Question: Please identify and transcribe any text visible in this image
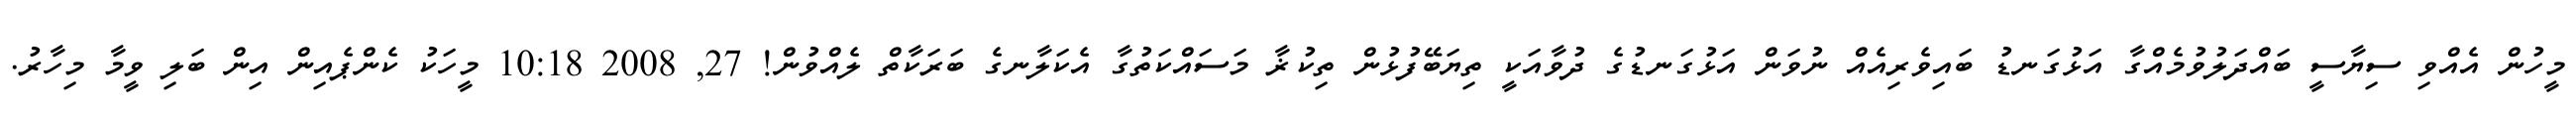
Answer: މީހުން އެއްވި ސިޔާސީ ބައްދަލުވުމެއްގާ އަޅުގަނޑު ބައިވެރިއެއް ނުވަން އަޅުގަނޑުގެ ދުވާއަކީ ތިޔަބޭފުޅުން ތިކުޜާ މަސައްކަތުގާ އެކަލާނގެ ބަރަކާތް ލެއްވުން! 27, 2008 10:18 މީހަކު ކެންޕެއިން އިން ބަލި ވީމާ މިހާރު.